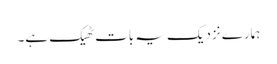
ہمارے نزدیک یہ بات ٹھیک ہے۔